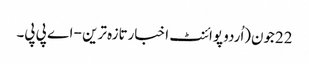
22جون(اُردو پوائنٹ اخبارتازہ ترین - اے پی پی۔